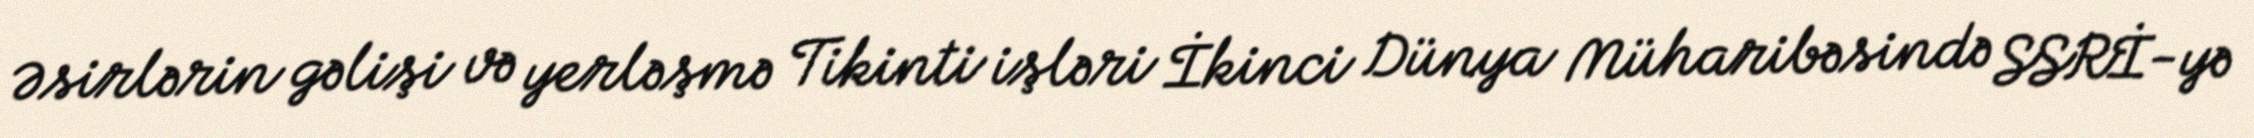
Əsirlərin gəlişi və yerləşmə Tikinti işləri İkinci Dünya Müharibəsində SSRİ-yə